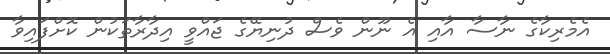
އެމެރިކާގެ ނާސާ އާއި އެ ނޫން ވެސް ދުނިޔޭގެ ޖައްވީ އިދާރާތަކުން ކޮށްފައިވާ